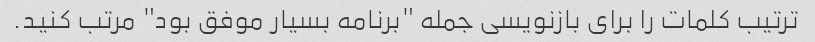
ترتیب کلمات را برای بازنویسی جمله "برنامه بسیار موفق بود" مرتب کنید.